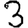
Digit: 3